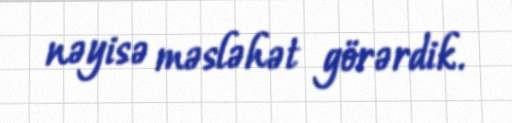
nəyisə məsləhət görərdik.